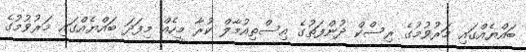
ބައްޔެއްގައި މަރުވުމުގެ ރިސްކް ދުންފަތުގެ އިސްތިއުމާލް ކުރާ މީހެއް މިފަދަ ބައްޔެއްގައި މަރުވުމުގެ